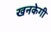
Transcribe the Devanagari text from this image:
खनकेगी